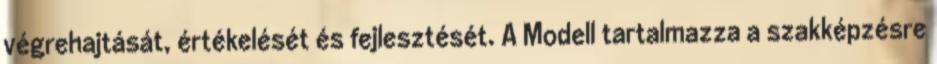
végrehajtását, értékelését és fejlesztését. A Modell tartalmazza a szakképzésre